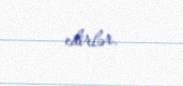
edirlər.